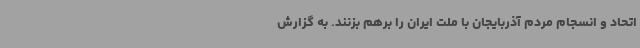
اتحاد و انسجام مردم آذربایجان با ملت ایران را برهم بزنند. به گزارش